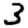
Digit: 3